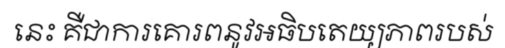
នេះ គឺជាការគោរពនូវអធិបតេយ្យភាពរបស់